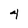
Character: 4